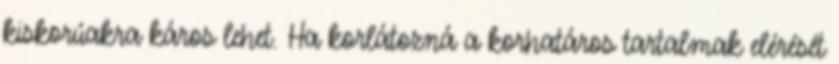
kiskorúakra káros lehet. Ha korlátozná a korhatáros tartalmak elérését